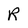
Character: R